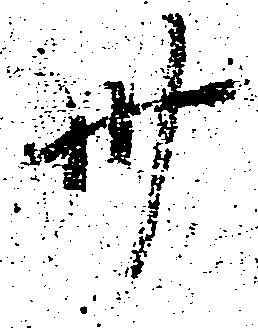
卅